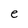
Character: e